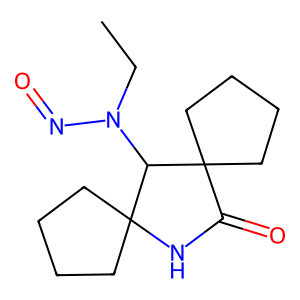
SMILES: CCN(N=O)C1C2(CCCC2)NC(=O)C12CCCC2
Inhibits HIV replication: No